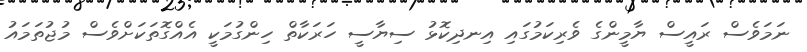
ނަމަވެސް ރައީސް ޔާމީންގެ ވެރިކަމުގައި އިނދިކޮޅު ސިޔާސީ ހަރަކާތް ހިންގުމަކީ އެއްގޮތަކަށްވެސް މުޖުތަމައު